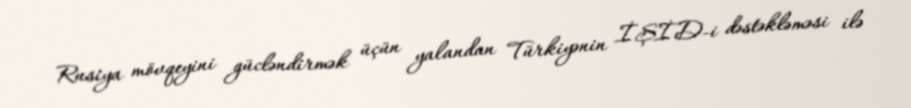
Rusiya mövqeyini gücləndirmək üçün yalandan Türkiyənin İŞİD-i dəstəkləməsi ilə